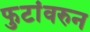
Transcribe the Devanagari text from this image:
फुटांवरुन